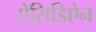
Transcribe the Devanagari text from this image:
ऐसिडिऐन